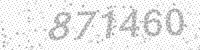
Solution: 871460